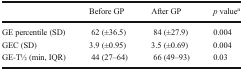
|  | Before GP | After GP | p valuea |
 | --- | --- | --- | --- |
 | GE percentile (SD) | 62 (±36.5) | 84 (±27.9) | 0.004 |
 | GEC (SD) | 3.9 (±0.95) | 3.5 (±0.69) | 0.004 |
 | GE-T1⁄2 (min, IQR) | 44 (27–64) | 66 (49–93) | 0.03 |